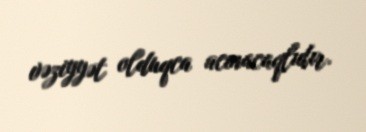
vəziyyət olduqca acınacaqlıdır.